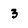
Character: 3